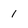
Character: 1